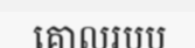
គោលរបប